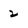
Character: 2